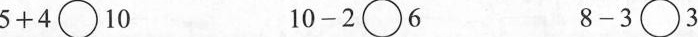
$$5 + 4 \circ 1 0$$ $$1 0 - 2 \circ 6$$ $$8 - 3 \circ 3$$